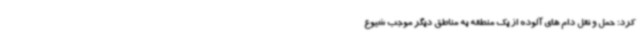
کرد: حمل و نقل دام های آلوده از یک منطقه به مناطق دیگر موجب شیوع